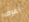
أعرف